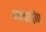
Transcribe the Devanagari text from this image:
जावाद्वीप